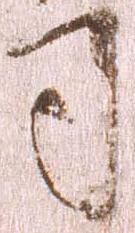
司